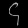
Digit: ၄